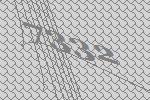
7332